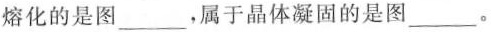
熔化的是图___，属于晶体凝固的是图___。